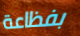
بفظاعة